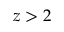
z > 2